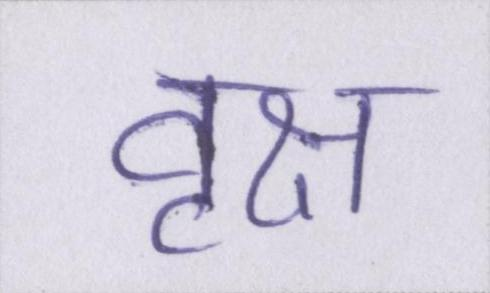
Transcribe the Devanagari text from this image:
वृक्ष